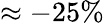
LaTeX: \approx-25\%